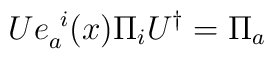
{\sl U}e_a^{\ i}(x)\Pi_i {\sl U}^{\dagger}=\Pi_a\hskip6cm